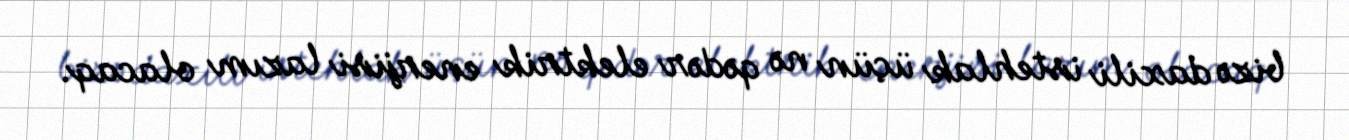
bizə daxili istehlak üçün nə qədər elektrik enerjisi lazım olacaq.